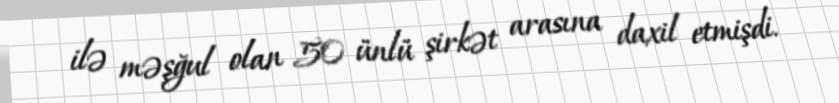
ilə məşğul olan 50 ünlü şirkət arasına daxil etmişdi.